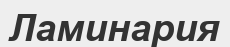
Ламинария